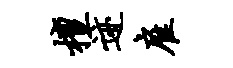
檀迹雇